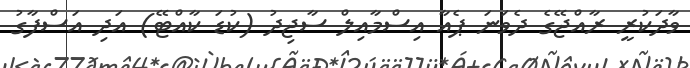
ވާދަކުރީ ރާއްޖޭގެ ދެވަނަ ޕެއާ އިސްމާއިލް ސާޖިދު (ކުޑަ ކާއްޓޭ) އަދި އަސްފާގު